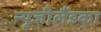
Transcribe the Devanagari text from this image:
न्यूजीलैंडका